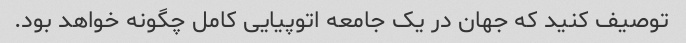
توصیف کنید که جهان در یک جامعه اتوپیایی کامل چگونه خواهد بود.